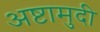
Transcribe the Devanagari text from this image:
अष्टामुदी